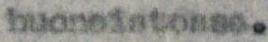
huoneistossa.